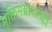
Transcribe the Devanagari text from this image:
मुक्तिसंग्रामातही